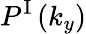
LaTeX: P^{\mathrm{I}}\left(k_{y}\right)